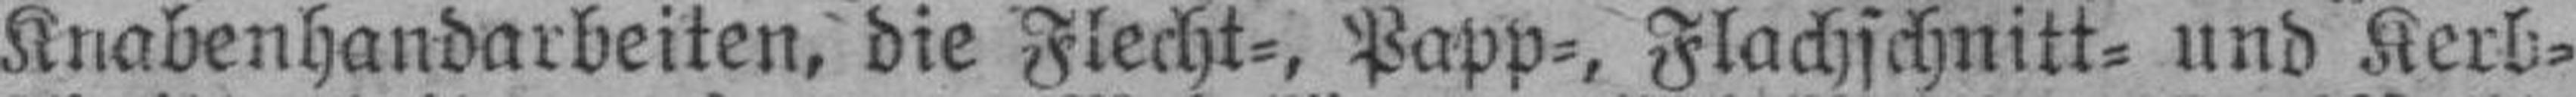
Knabenhandarbeiten, die Flecht=, Papp=, Flachschnitt= und Kerb¬